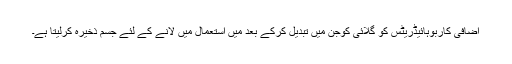
اضافی کاربوہائیڈریٹس کو گلائی کوجن میں تبدیل کرکے بعد میں استعمال میں لانے کے لئے جسم ذخیرہ کرلیتا ہے۔